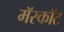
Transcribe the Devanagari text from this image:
मॅस्कॉट